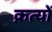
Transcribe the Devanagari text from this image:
क्रत्यों